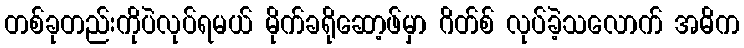
တစ်ခုတည်းကိုပဲလုပ်ရမယ် မိုက်ခရိုဆော့ဖ်မှာ ဂိတ်စ် လုပ်ခဲ့သလောက် အဓိက